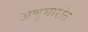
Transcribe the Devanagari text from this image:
अणुभारांत